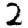
Digit: 2